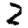
Digit: 2